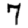
Digit: 7